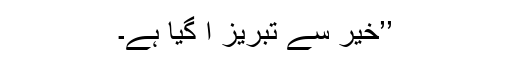
’’خیر سے تبریز آ گیا ہے۔